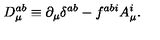
D _ { \mu } ^ { a b } \equiv \partial _ { \mu } \delta ^ { a b } - f ^ { a b i } A _ { \mu } ^ { i } .